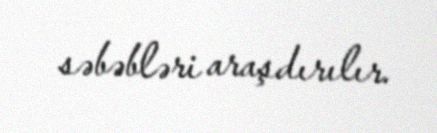
səbəbləri araşdırılır.